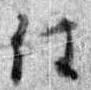
任